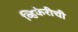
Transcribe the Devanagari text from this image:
व्हिकेरीची